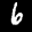
Label: 6